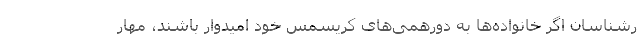
رشناسان اگر خانواده‌ها به دورهمی‌های کریسمس خود امیدوار باشند، مهار